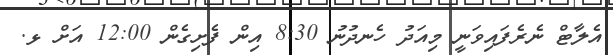
އެލާޓް ނެރެފައިވަނީ މިއަދު ހެނދުނު 8:30 އިން ފެށިގެން 12:00 އަށް ޅ.